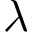
\lambda